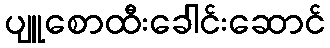
ပျူစောထီးခေါင်းဆောင်